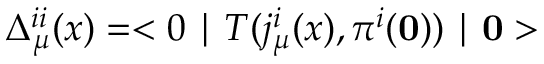
\Delta _ { \mu } ^ { i i } ( x ) = < 0 \mid T ( j _ { \mu } ^ { i } ( x ) , \pi ^ { i } ( \bf 0 ) ) \mid 0 >